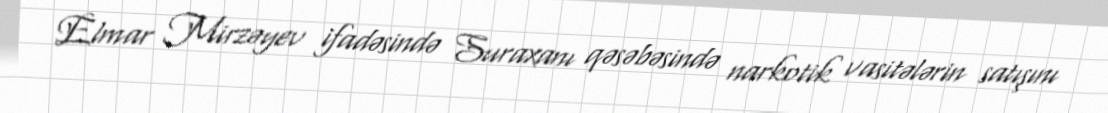
Elmar Mirzəyev ifadəsində Suraxanı qəsəbəsində narkotik vasitələrin satışını